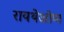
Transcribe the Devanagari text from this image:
रायथेओण